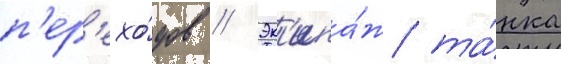
п'ер'ехо́дов // Эк'ипа́ж та́нка